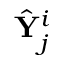
\hat { \mathbf { Y } } _ { j } ^ { i }